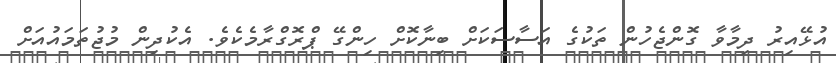
އުޅޭއިރު ދިމާވާ ގޮންޖެހުން ތަކުގެ އަސާސަކަށް ބިނާކޮށް ހިންގޭ ޕްރޮގްރާމެކެވެ. އެކުދިން މުޖުތަމައުއަށް